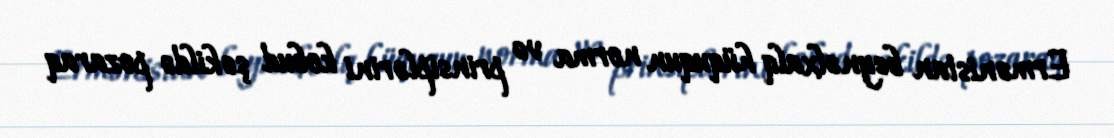
Ermənistan beynəlxalq hüququn norma və prinsiplərini kobud şəkildə pozaraq